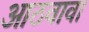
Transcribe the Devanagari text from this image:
आठवावा